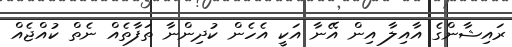
ރައިޝާންގެ އާއިލާ އިން އޭނާ އަކީ އެހެން ކުދިންނާ ތަފާތެއް ނެތް ކުއްޖެއް